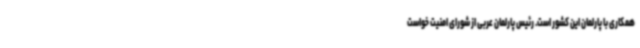
همکاری با پارلمان این کشور است. رئیس پارلمان عربی از شورای امنیت خواست